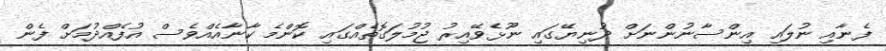
ފެނާއި ނުލައި އިންސާނުންނަށް ދުނިޔޭގައި ނޫޅެވޭއިރު ޖުމުލަގޮތެއްގައި ކޮންމެ ކާނާއެއްވެސް އުފެއްދުމަށް ފެން